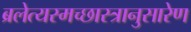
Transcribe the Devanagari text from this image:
ब्रलेत्यस्मच्छास्त्रानुसारेण